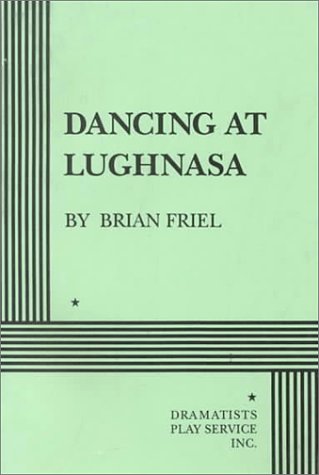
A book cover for Dancing at Lughnasa; Brian Friel; Literature & Fiction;